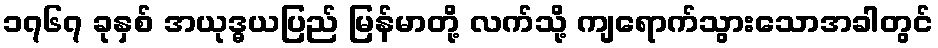
၁၇၆၇ ခုနှစ် အယုဒ္ဓယပြည် မြန်မာတို့ လက်သို့ ကျရောက်သွားသောအခါတွင်